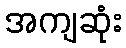
အကျဆုံး